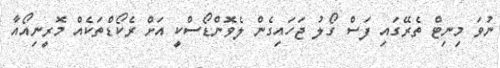
ނުވަ މިނިޓް ތެރޭގައި ފަސް ގޯލު ޖަހައިގެން ލެވޮންޑޯސްކީ އަށް ރެކޯޑްތަކެއް މޮރީނިއޯއާ